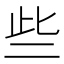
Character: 些